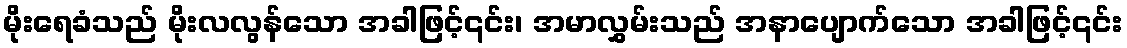
မိုးရေခံသည် မိုးလလွန်သော အခါဖြင့်၎င်း၊ အမာလွှမ်းသည် အနာပျောက်သော အခါဖြင့်၎င်း